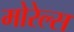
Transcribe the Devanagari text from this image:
मोरेल्स